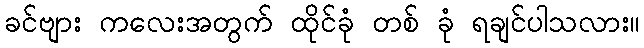
ခင်ဗျား ကလေးအတွက် ထိုင်ခုံ တစ် ခုံ ရချင်ပါသလား။